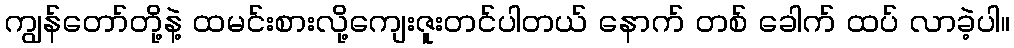
ကျွန်တော်တို့နဲ့ ထမင်းစားလို့ကျေးဇူးတင်ပါတယ် နောက် တစ် ခေါက် ထပ် လာခဲ့ပါ။